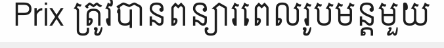
Prix ត្រូវបានពន្យារពេលរូបមន្តមួយ